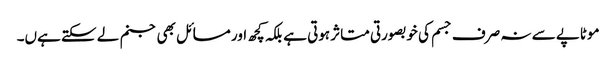
موٹاپے سے نہ صرف جسم کی خوبصورتی متاثر ہوتی ہے بلکہ کچھ اور مسائل بھی جنم لے سکتے ہےں۔